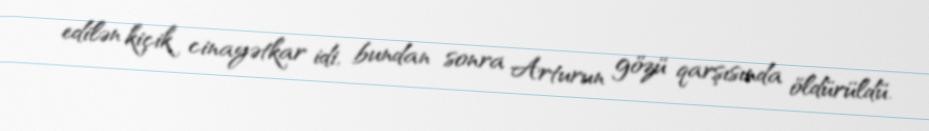
edilən kiçik cinayətkar idi, bundan sonra Arturun gözü qarşısında öldürüldü.